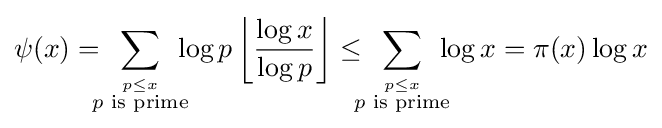
\psi (x)=\sum _{\overset {p\leq x}{\!\!\!\!p{\text{ is prime}}\!\!\!\!}}\log p\left\lfloor {\frac {\log x}{\log p}}\right\rfloor \leq \sum _{\overset {p\leq x}{\!\!\!\!p{\text{ is prime}}\!\!\!\!}}\log x=\pi (x)\log x